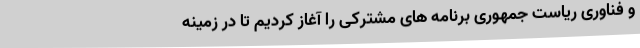
و فناوری ریاست جمهوری برنامه‌ های مشترکی را آغاز کردیم تا در زمینه